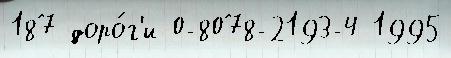
187 доро́г'и 0-8078-2193-4 1995